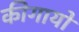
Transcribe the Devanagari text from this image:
कीगायों